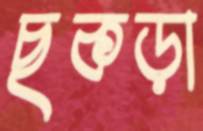
ছকড়া